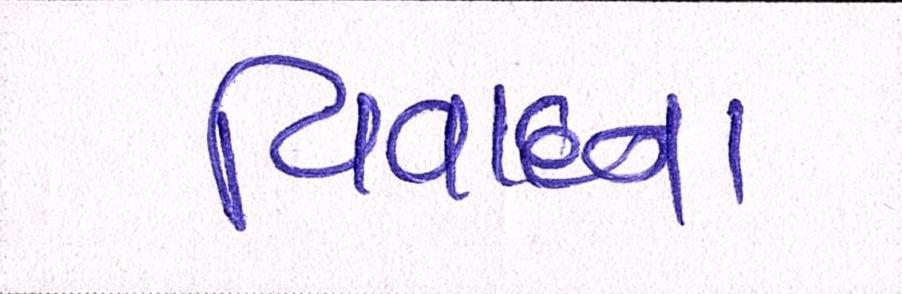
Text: વિવાદના